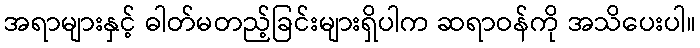
အရာများနှင့် ဓါတ်မတည့်ခြင်းများရှိပါက ဆရာဝန်ကို အသိပေးပါ။